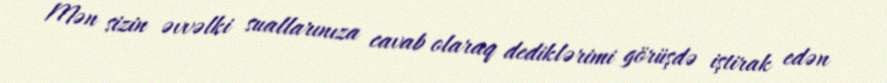
Mən sizin əvvəlki suallarınıza cavab olaraq dediklərimi görüşdə iştirak edən